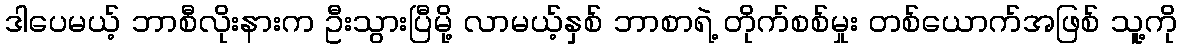
ဒါပေမယ့် ဘာစီလိုးနားက ဦးသွားပြီမို့ လာမယ့်နှစ် ဘာစာရဲ့ တိုက်စစ်မှုး တစ်ယောက်အဖြစ် သူ့ကို